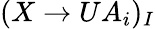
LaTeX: (X\to UA_{i})_{I}